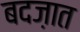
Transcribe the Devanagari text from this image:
बदज़ात